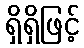
ရှိရှိဖြင့်